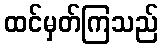
ထင်မှတ်ကြသည်